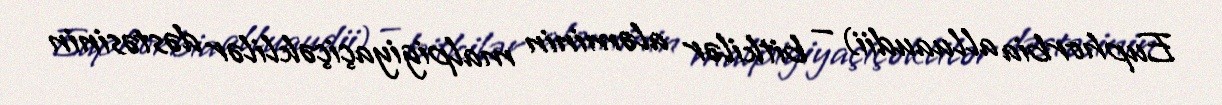
Euphorbia alluaudii) — bitkilər aləminin malpigiyaçiçəklilər dəstəsinin